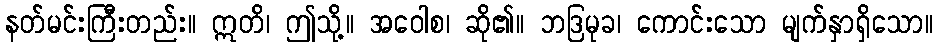
နတ်မင်းကြီးတည်း။ ဣတိ၊ ဤသို့။ အဝေါစ၊ ဆို၏။ ဘဒြမုခ၊ ကောင်းသော မျက်နှာရှိသော။